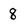
Character: 8